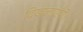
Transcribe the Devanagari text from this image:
दिखलाएँगे।